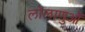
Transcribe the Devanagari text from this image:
लोलाणुओं